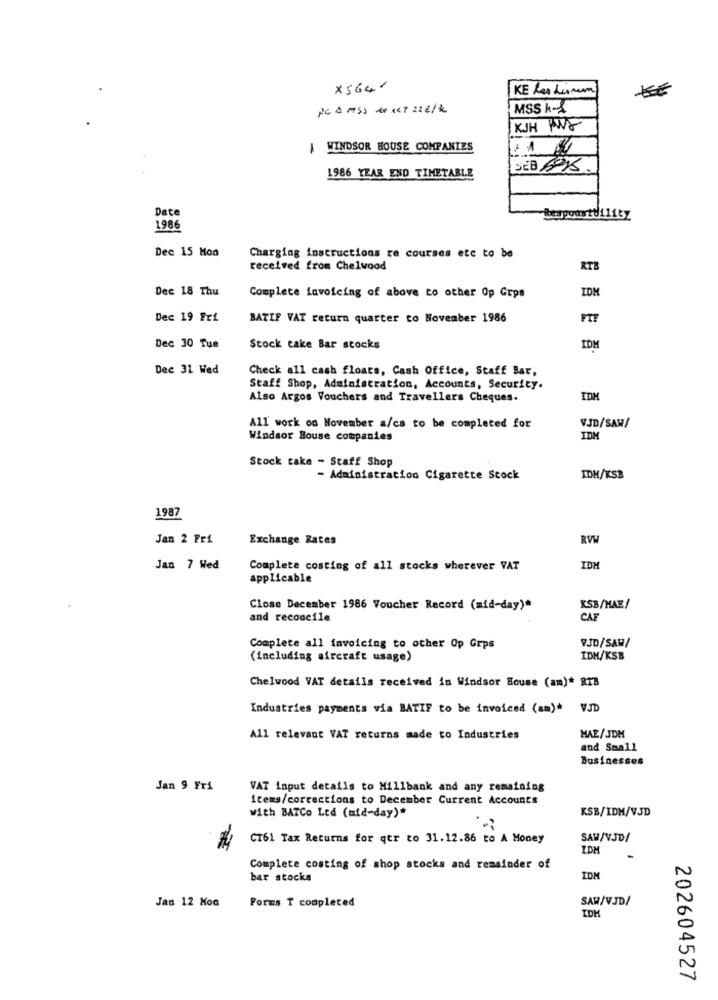
X5641
PC A MSS de ART 22 €/2
MSS K-X
KJH WWF
WINDSOR HOUSE COMPANIES
SEB 691
1986 YEAR END TIMETABLE
Date
1986
Dec 15 Mod
Charging instructions re courses etc to be
received from Chelwood
RTB
Dec 18 Thu
Complete invoicing of above to other Op Gros
IDM
Dec 19 Fri
BATIF VAT return quarter to November 1986
FTF
Dec 30 Tue
Stock cake Bar stocks
IDM
Dec 31 Wed
Check all cash floats, Cash Office, Staff Bar,
Staff Shop, Administration, Accounts, Security.
Also Argos Vouchers and Travellers Cheques.
IDM
All work on November a/ca to be completed for
V.JD/SAR/
Windsor Souse companies
IDM
Stock take - Staff Shop
- Administration Cigarette Stock
IDH/KSB
1987
Jan 2 Fri
Exchange Rates
RVW
Jan 7 Wed
Complete costing of all stocks wherever VAT
IDM
applicable
Close December 1986 Voucher Record (mid-day)*
KSB/MAE/
and reconcile
CAF
Complete all invoicing to other Op Grps
VJD/SAW/
(including aircraft usage)
IDH/KSB
CheIwood VAT details received in Windsor House (am)* RTB
Industries payments via BATIF to be invoiced (am)* VJD
All relevant VAT returns made to Industries
HAE/JDM
and Small
Businesses
Jan 9 Fri
VAT input details to Millbank and any remaining
items/corrections to December Current Accounts
with BATCo Ltd (uid-day)*
KSB/IDM/V.JD
CT61 Tax Returns for qur to 31.12.86 to A Money
SAW/VJD/
IDM
Complete costing of shop stocks and remainder of
bar stocks
IDM
Jan 12 Moa
SAW/V.JD/
Forms T completed
202604527